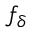
f _ { \delta }